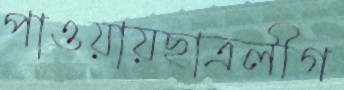
পাওয়ায়ছাত্রলীগ